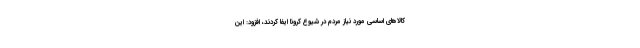
کالاهای اساسی مورد نیاز مردم در شیوع کرونا ایفا کردند، افزود: این